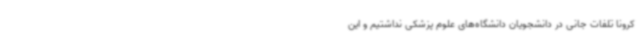
کرونا تلفات جانی در دانشجویان دانشگاه‌های علوم پزشکی نداشتیم و این